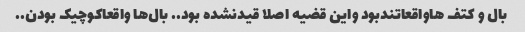
بال و کتف هاواقعاتندبود واین قضیه اصلا قیدنشده بود.. بال‌ها واقعاکوچیک بودن..